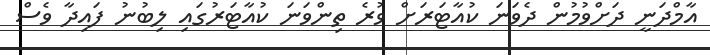
އާމްދަނީ ދަށްވުމުން ދެވަނަ ކުއާޓަރަށް ވުރެ ތިންވަަނަ ކުއާޓަރުގައި ލިބުނު ފައިދާ ވެސް